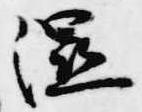
湿